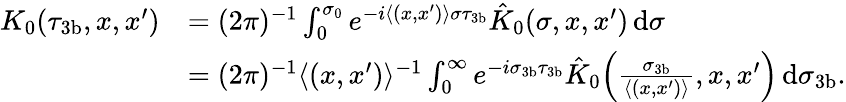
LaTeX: \begin{array}{rl}{K_{0}(\tau_{3\mathrm{b}},x,x^{\prime})}&{=(2\pi)^{-1}\int_{0}^{\sigma_{0}}e^{-i\langle(x,x^{\prime})\rangle\sigma\tau_{3\mathrm{b}}}\hat{K}_{0}(\sigma,x,x^{\prime})\, {\mathrm d}\sigma}\\ &{=(2\pi)^{-1}\langle(x,x^{\prime})\rangle^{-1}\int_{0}^{\infty}e^{-i\sigma_{3\mathrm{b}}\tau_{3\mathrm{b}}}\hat{K}_{0}\Bigl(\frac{\sigma_{3\mathrm{b}}}{\langle(x,x^{\prime})\rangle},x,x^{\prime}\Bigr)\, {\mathrm d}\sigma_{3\mathrm{b}}.}\end{array}